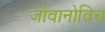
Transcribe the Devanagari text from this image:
जोवानोविच